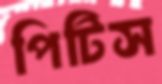
পিটিস